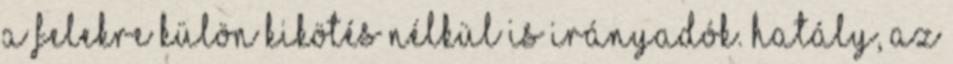
a felekre külön kikötés nélkül is irányadók. Hatály, az